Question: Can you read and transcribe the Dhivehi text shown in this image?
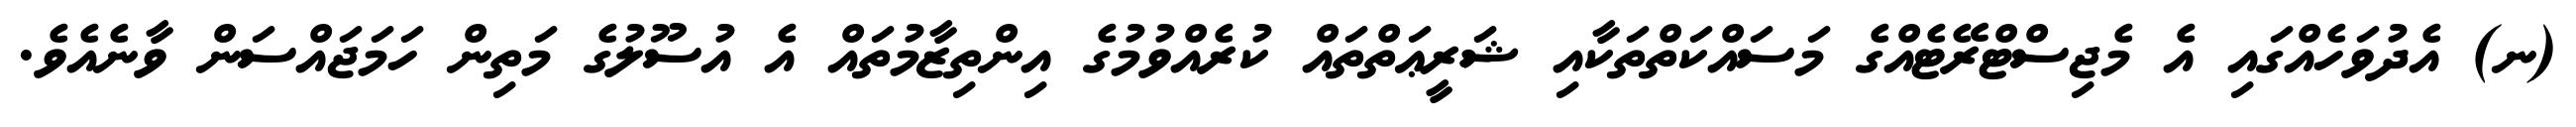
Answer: (ނ) އެދުވަހެއްގައި އެ މެޖިސްޓްރޭޓެއްގެ މަސައްކަތްތަކާއި ޝަރީޢަތްތައް ކުރެއްވުމުގެ އިންތިޒާމުތައް އެ އުސޫލުގެ މަތިން ހަމަޖައްސަން ވާނެއެވެ.